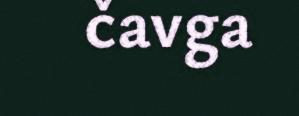
čavga